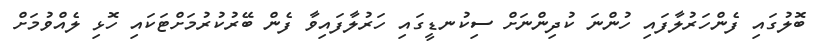
ބޮލުގައި ފެންހަރުލާފައި ހުންނަ ކުދިންނަށް ސިކުނޑީގައި ހަރުލާފައިވާ ފެން ބޭރުކުރުމަށްޓަކައި ހޮޅި ލެއްވުމަށް